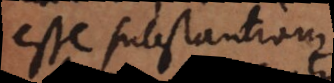
em substantia